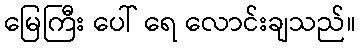
မြေကြီး ပေါ် ရေ လောင်းချသည်။